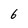
Character: 6